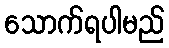
သောက်ရပါမည်